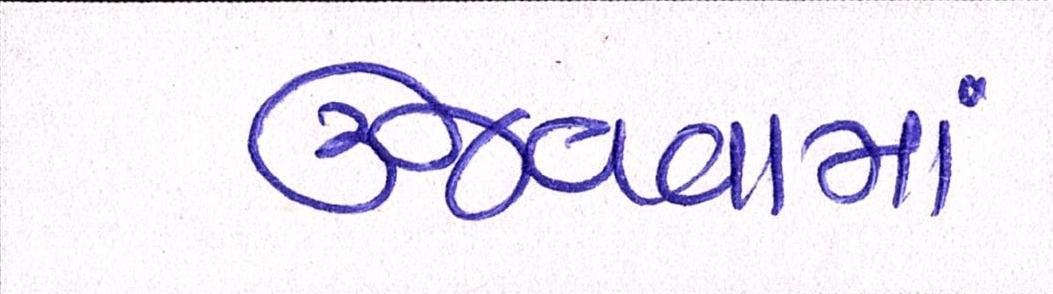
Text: ઉજવવામાં